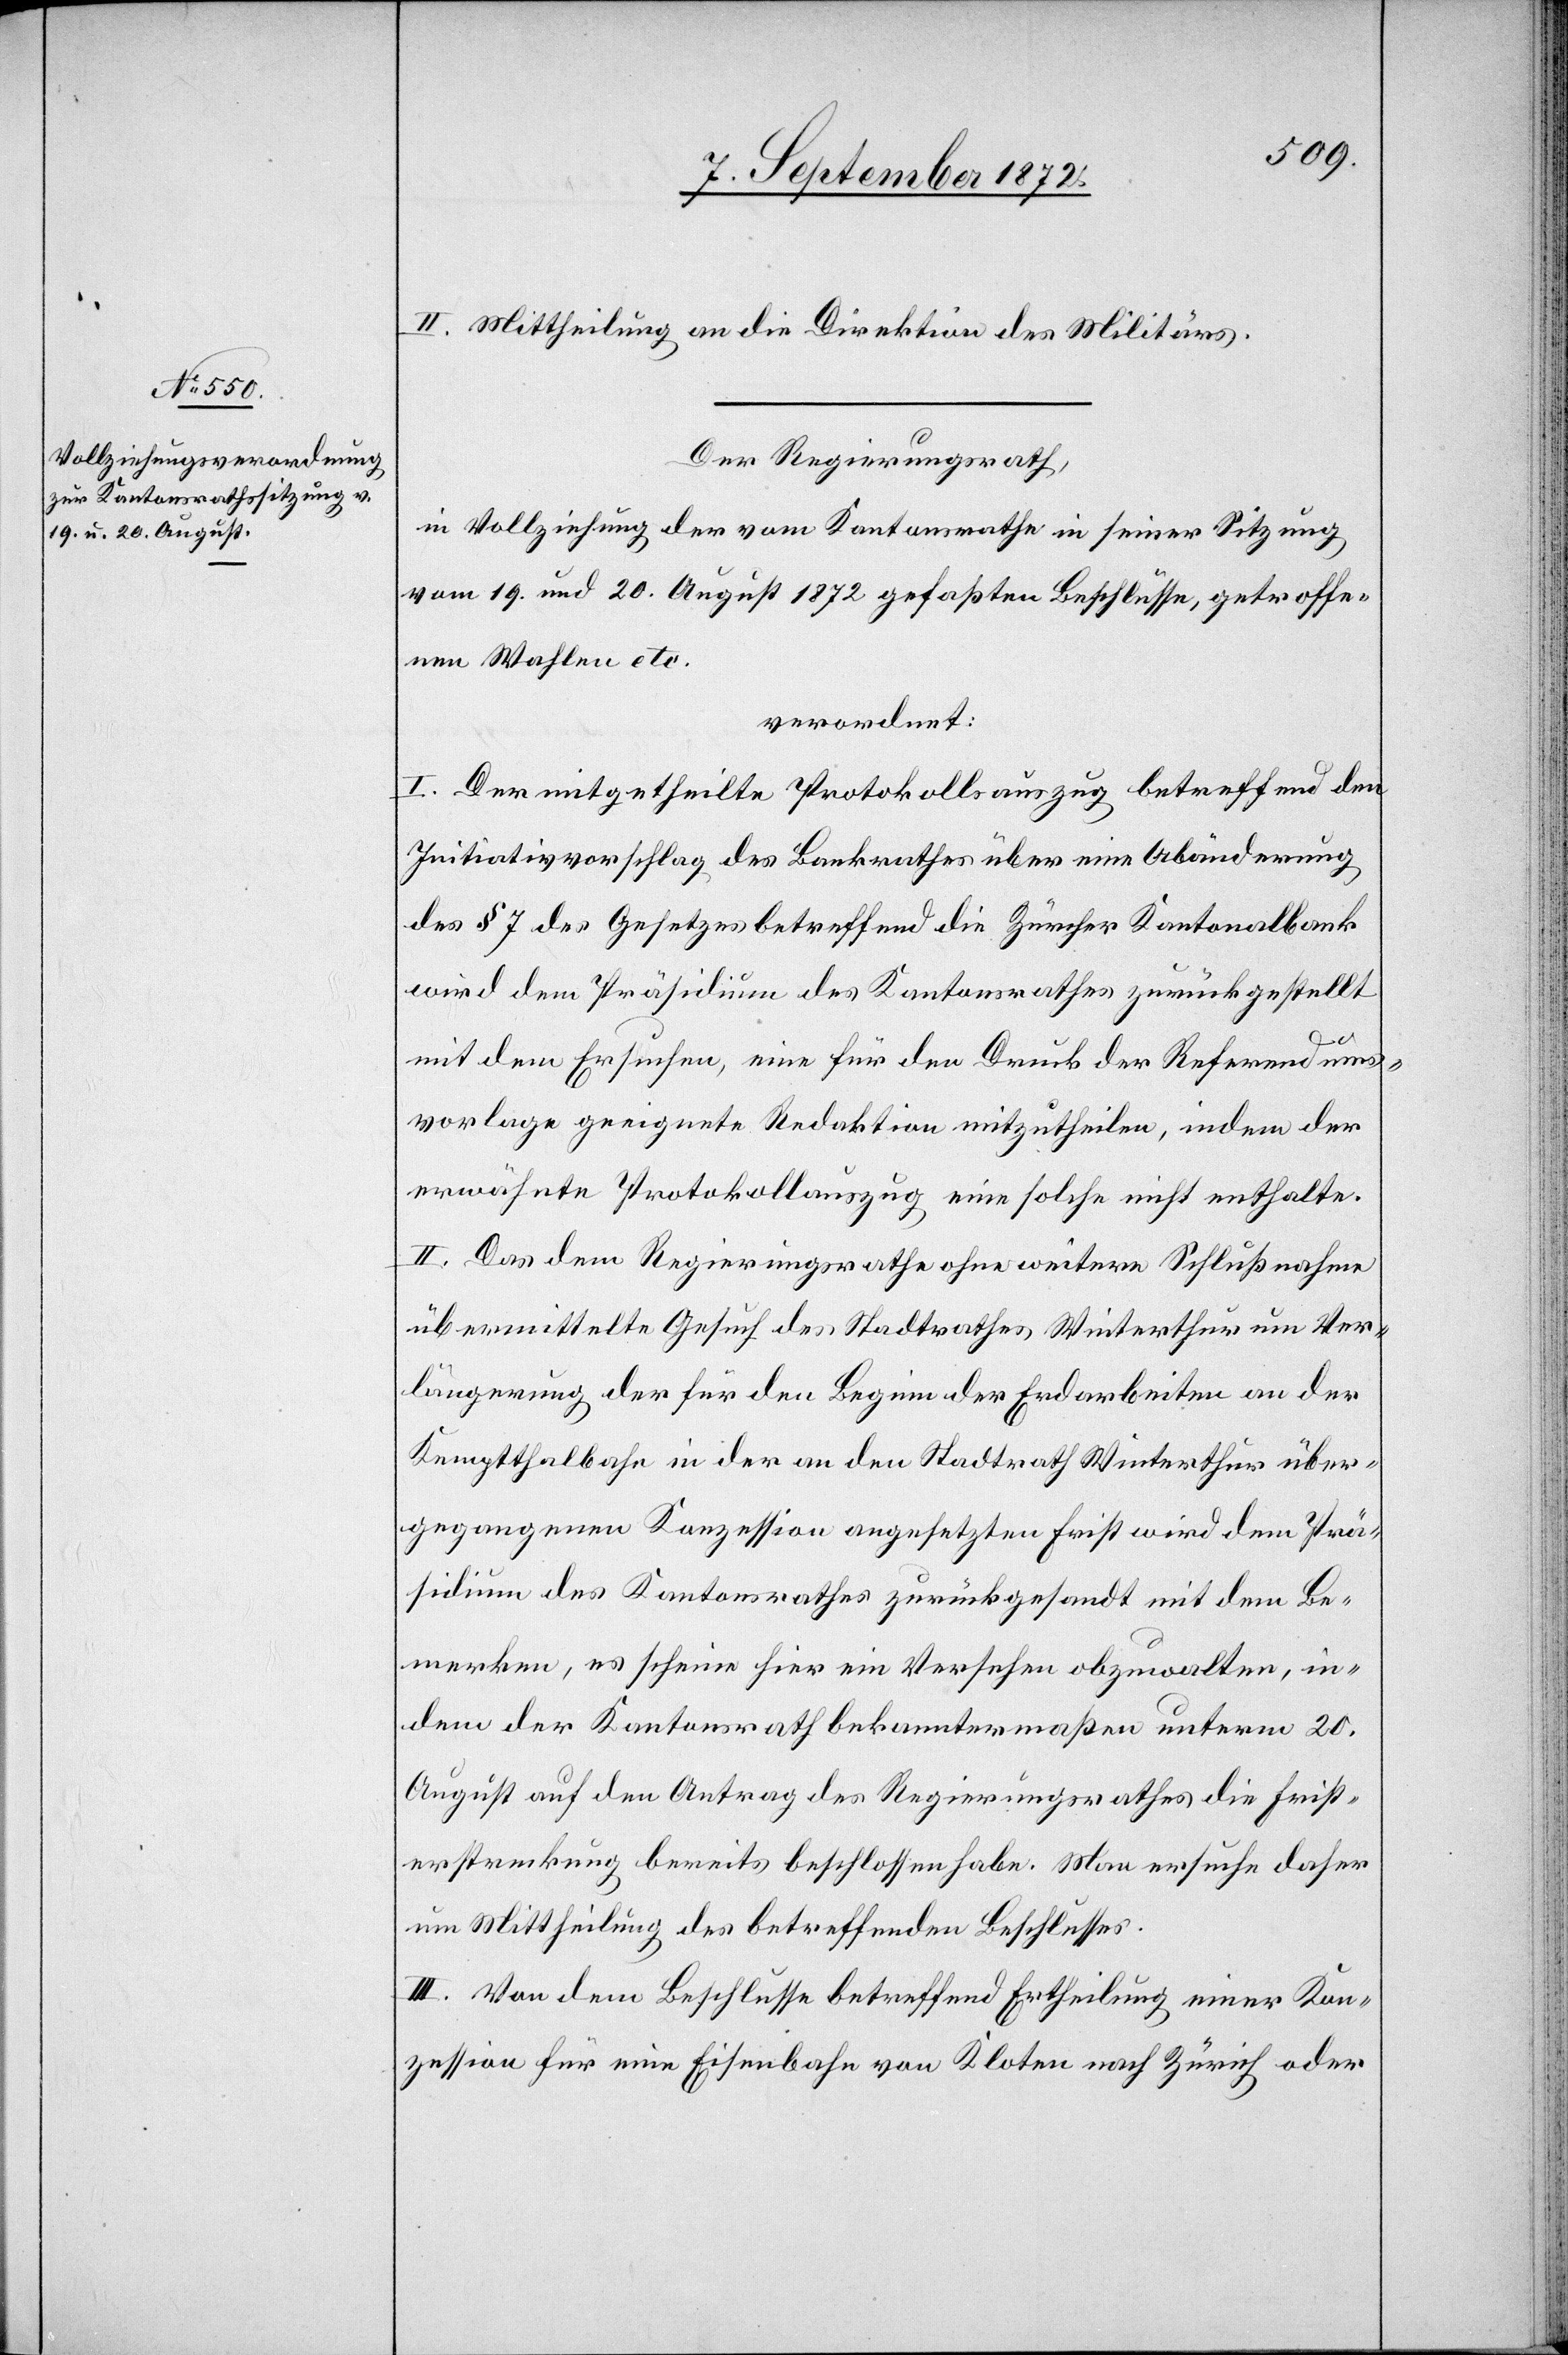
II. Mittheilung an die Direktion des Militärs.
Der Regierungsrath,
in Vollziehung der vom Kantonsrathe in seiner Sitzung
vom 19. und 20. August 1872 gefaßten Beschlüsse, getroffe¬
nen Wahlen etc.
verordnet:
I. Der mitgetheilte Protokollsauszug betreffend den
Initiativvorschlag des Bankrathes über eine Abänderung
des § 7 des Gesetzes betreffend die Zürcher Kantonalbank
wird dem Präsidium des Kantonsrathes zurückgestellt
mit dem Ersuchen, eine für den Druck der Referendums¬
vorlage geeignete Redaktion mitzutheilen, indem der
erwähnte Protokollauszug eine solche nicht enthalte.
II. Das dem Regierungsrathe ohne weitere Schlußnahme
übermittelte Gesuch des Stadtrathes Winterthur um Ver¬
längerung der für den Beginn der Erdarbeiten an der
Kemptthalbahn in der an den Stadtrath Winterthur über¬
gegangenen Konzession angesetzten Frist wird dem Prä¬
sidium des Kantonsrathes zurückgesandt mit dem Be¬
merken, es scheine hier ein Versehen obzuwalten, in¬
dem der Kantonsrath bekanntermaßen unterm 20.
August auf den Antrag des Regierungsrathes die Frist¬
erstreckung bereits beschlossen habe. Man ersuche daher
um Mittheilung des betreffenden Beschlusses.
III. Von dem Beschlusse betreffend Ertheilung einer Kon¬
zession für eine Eisenbahn von Kloten nach Zürich oder